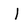
Character: I